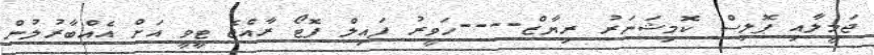
ޖަމީލާއި ޕޮޮލިސް ކޮމިޝަނަރު ރިޔާޒް----ހަވީރު ފައިލް ފޮޓޯ ރާއްޖެ ޓީވީ އަށް އެއްބާރުލުން